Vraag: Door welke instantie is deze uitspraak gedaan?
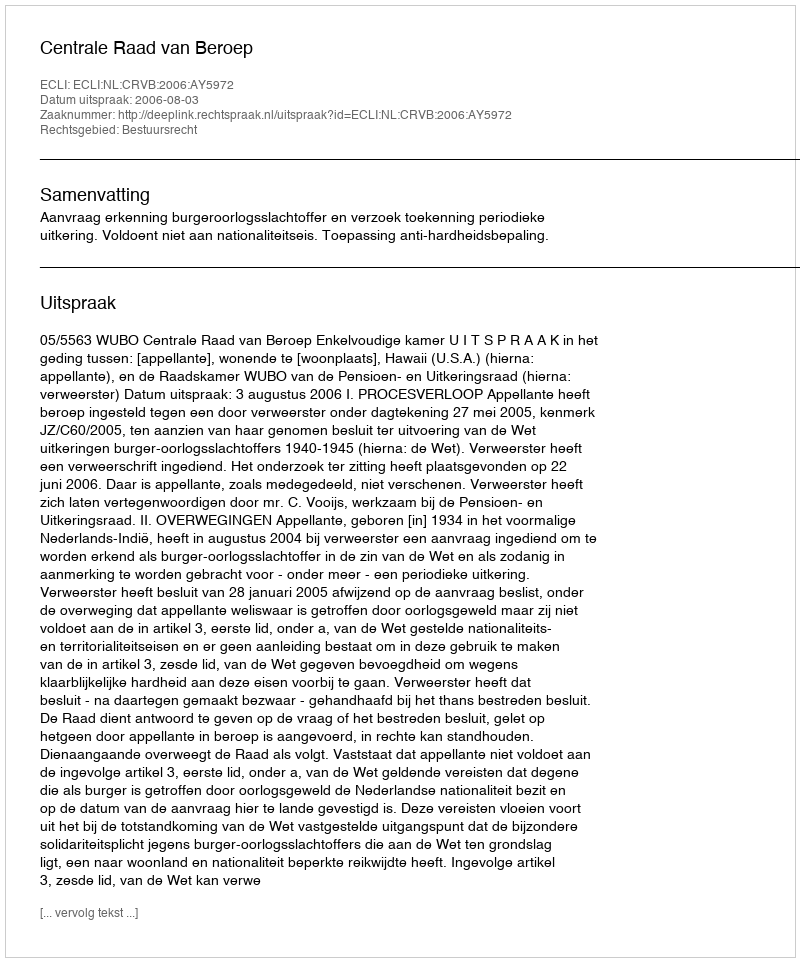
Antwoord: Centrale Raad van Beroep